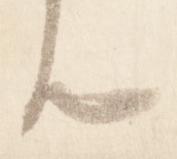
由